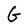
Character: G